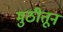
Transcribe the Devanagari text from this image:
मुठीतून